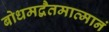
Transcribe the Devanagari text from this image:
बोधमद्वैतमात्मानं